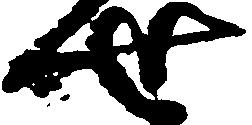
せ